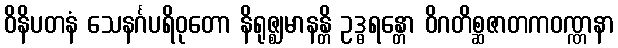
ဝိနိပတနံ သေနင်္ဂပရိဝုတော နိရုဇ္ဈမာနန္တိ ဥဒ္ဓရန္တော ဝိဂတိစ္ဆဇာတကဝဏ္ဏနာ